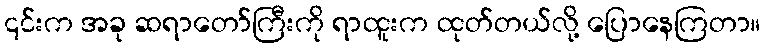
၎င်းက အခု ဆရာတော်ကြီးကို ရာထူးက ထုတ်တယ်လို့ ပြောနေကြတာ။